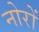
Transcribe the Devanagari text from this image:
नोरों